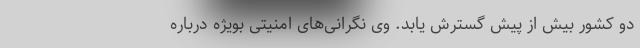
دو کشور بیش از پیش گسترش یابد. وی نگرانی‌های امنیتی بویژه درباره